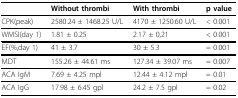
|  | Without thrombi | With thrombi | p value |
 | --- | --- | --- | --- |
 | CPK(peak) | 2580.24 ± 1468.25 U/L | 4170 ± 1250.60 U/L | < 0.001 |
 | WMSI(day 1) | 1.81 ± 0.25 | 2.17 ± 0,21 | < 0.001 |
 | EF(%,day 1) | 41 ± 3.7 | 30 ± 5.3 | = 0.001 |
 | MDT | 155.26 ± 44.61 ms | 127.34 ± 39.07 ms | = 0.007 |
 | ACA IgM | 7.69 ± 4.25 mpl | 12.44 ± 4.12 mpl | = 0.01 |
 | ACA IgG | 17.98 ± 6.45 gpl | 24.2 ± 7.5 gpl | = 0.02 |